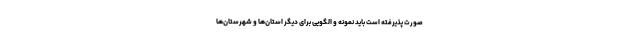
صورت پذیرفته است باید نمونه و الگویی برای دیگر استان‌ها و شهرستان‌ها